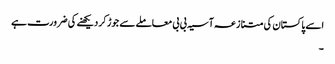
اسے پاکستان کی متنازعہ آسیہ بی بی معاملے سے جوڑ کر دیکھنے کی ضرورت ہے
۔